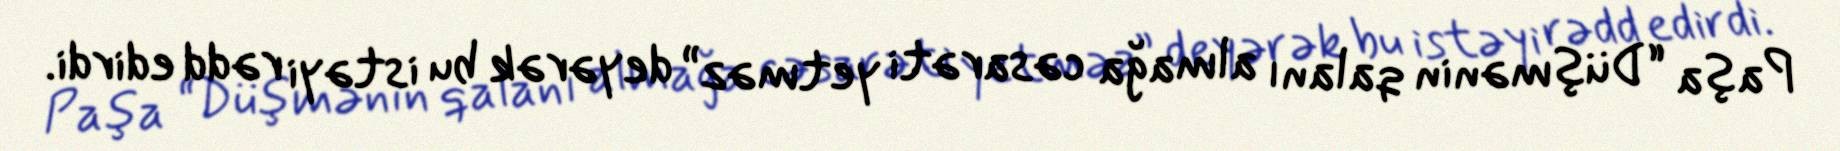
Paşa “Düşmənin qalanı almağa cəsarəti yetməz” deyərək bu istəyi rədd edirdi.